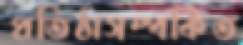
প্রতিষ্ঠাসম্পর্কিত